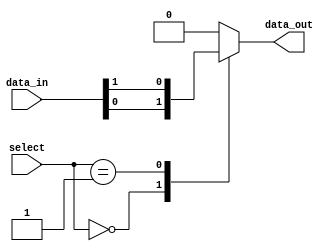
module mux_1024to1 (
    input [1023:0] data_in,
    input [9:0] select,
    output reg data_out
);

always @(*) begin
    case (select)
        10'b0000000000: data_out = data_in[0];
        10'b0000000001: data_out = data_in[1];
        // Add more cases for the remaining 1022 input lines
        default: data_out = 1'b0; // Output 0 if select signal is invalid
    endcase
end

endmodule